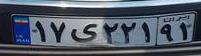
۱۷ی۲۲۱۹۱